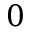
0